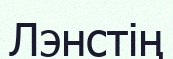
Лэнстің